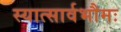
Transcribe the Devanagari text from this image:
स्यात्सार्वभौमः